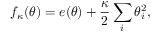
f _ { \kappa } ( { \boldsymbol { \theta } } ) = e ( { \boldsymbol { \theta } } ) + \frac { \kappa } { 2 } \sum _ { i } \theta _ { i } ^ { 2 } ,